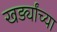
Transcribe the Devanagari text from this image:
खर्ड्यांच्या